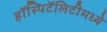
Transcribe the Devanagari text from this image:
हॉस्पिटॅलिटीमध्ये